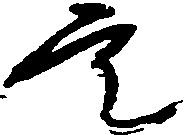
定